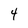
Character: 4